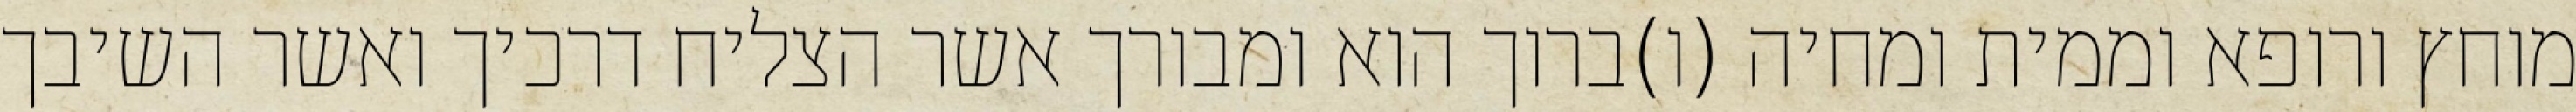
מוחץ ורופא וממית ומחיה (ו)ברוך הוא ומבורך אשר הצליח דרכיך ואשר השיבך